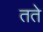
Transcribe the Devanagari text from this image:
तते